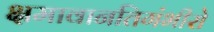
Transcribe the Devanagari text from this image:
क्षमावानतिगंभीरो